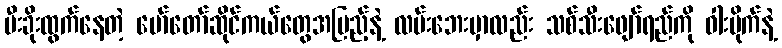
မီးခိုးထွက်နေတဲ့ မော်တော်ဆိုင်ကယ်တွေအပြည့်နဲ့ လမ်းဘေးမှာလည်း သစ်သီးဖျော်ရည်ကို ဝါးပိုက်နဲ့